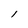
Character: 1